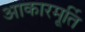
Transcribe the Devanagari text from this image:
आकारमूर्ति